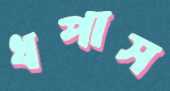
ধপাস